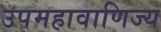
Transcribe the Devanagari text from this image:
उपमहावाणिज्य